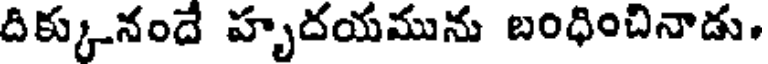
దిక్కునందే హృదయమును బంధించినాడు.